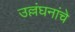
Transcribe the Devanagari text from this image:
उल्लंघनांचे